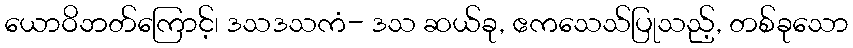
ယောဝိဘတ်ကြောင့်၊ ဒသဒသကံ- ဒသ ဆယ်ခု, ဧကသေသ်ပြုသည့်, တစ်ခုသော